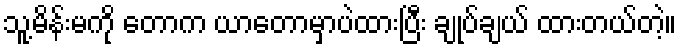
သူ့မိန်းမကို တောက ယာတောမှာပဲထားပြီး ချုပ်ချယ် ထားတယ်တဲ့။